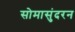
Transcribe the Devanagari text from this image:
सोमासुंदरन